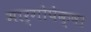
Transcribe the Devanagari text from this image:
मार्गोपेक्षा